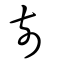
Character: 尌